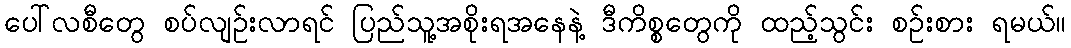
ပေါ်လစီတွေ စပ်လျဉ်းလာရင် ပြည်သူ့အစိုးရအနေနဲ့ ဒီကိစ္စတွေကို ထည့်သွင်း စဉ်းစား ရမယ်။